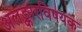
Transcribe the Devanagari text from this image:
अलङ्कारविषयक